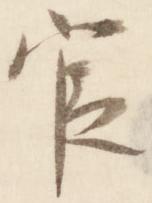
官